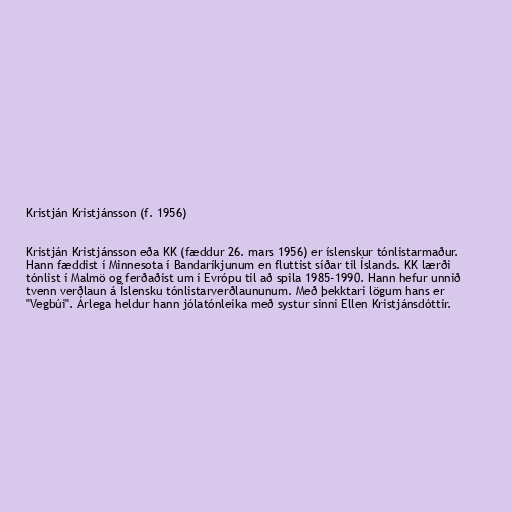
Kristján Kristjánsson (f. 1956)

Kristján Kristjánsson eða KK (fæddur 26. mars 1956) er íslenskur tónlistarmaður.
Hann fæddist í Minnesota í Bandaríkjunum en fluttist síðar til Íslands. KK lærði
tónlist í Malmö og ferðaðist um í Evrópu til að spila 1985-1990. Hann hefur unnið
tvenn verðlaun á Íslensku tónlistarverðlaununum. Með þekktari lögum hans er
"Vegbúi". Árlega heldur hann jólatónleika með systur sinni Ellen Kristjánsdóttir.